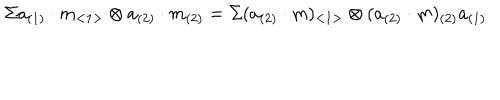
\Sigma a _ { ( 1 ) } \cdot m _ { < 1 > } \otimes a _ { ( 2 ) } \cdot m _ { ( 2 ) } = \Sigma ( a _ { ( 2 ) } \cdot m ) _ { < 1 > } \otimes ( a _ { ( 2 ) } \cdot m ) _ { ( 2 ) } a _ { ( 1 ) }